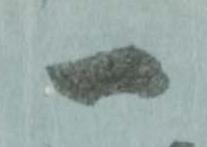
一